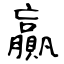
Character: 贏